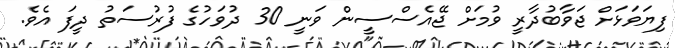
ފިޔަވަޅަށް ޖަވާބުދާރީ ވުމަށް ޖޭއެސްސީން ވަނީ 30 ދުވަހުގެ ފުރުސަތު ދީފަ އެވެ.